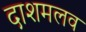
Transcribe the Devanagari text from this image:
दाशमलव